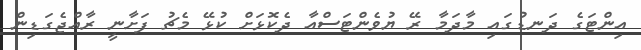
އިންޓަގެ ދަނޑުގައި މާދަމާ ރޭ ޔުވެންޓަސްއާ ދެކޮޅަށް ކުޅޭ މެޗު ފަށާނީ ރާއްޖެގަޑިން